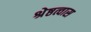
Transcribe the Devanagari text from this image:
श्रेष्ठत्वास